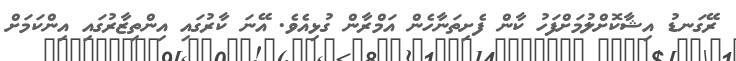
ރޭގަނޑު އިޝާކޮށްލުމަށްފަހު ކާން ފެށިތަނާހެން އަމްރާން ގުޅިއެވެ. އޭނަ ކާރުގައި އިންތިޒާރުގައި އިންކަމަށް